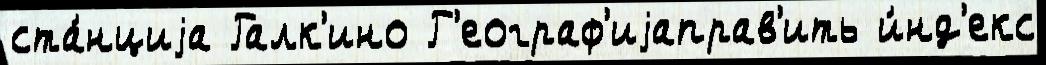
ста́нциjа Галк'ино Г'еограф'иjаправ'ить и́нд'екс